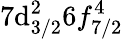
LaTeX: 7\mathrm{d}_{3/2}^{2}6f_{7/2}^{4}